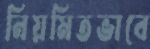
নিয়মিতভাবে